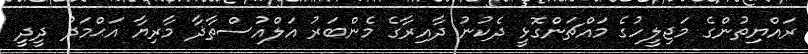
ރައްޔިތުންގެ މަޖިލީހުގެ މައްޗަންގޮޅީ ދެކުނު ދާއިރާގެ މެންބަރު އަލްއުސްތާޛާ މާރިޔާ އަޙްމަދު ދީދީ